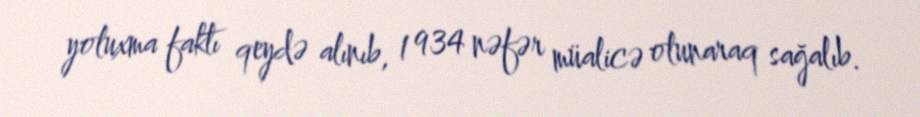
yoluxma faktı qeydə alınıb, 1 934 nəfər müalicə olunaraq sağalıb.